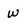
Character: w